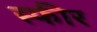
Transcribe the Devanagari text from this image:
स्फीर